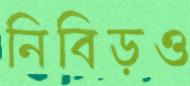
নিবিড়ও